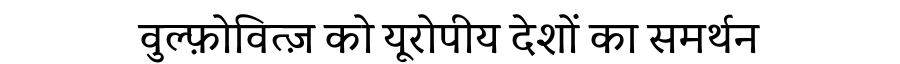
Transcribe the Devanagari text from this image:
वुल्फ़ोवित्ज़ को यूरोपीय देशों का समर्थन